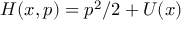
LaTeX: H ( x , p ) = p ^ { 2 } / 2 + U ( x )